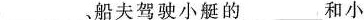
___、船夫驾驶小艇的___和小